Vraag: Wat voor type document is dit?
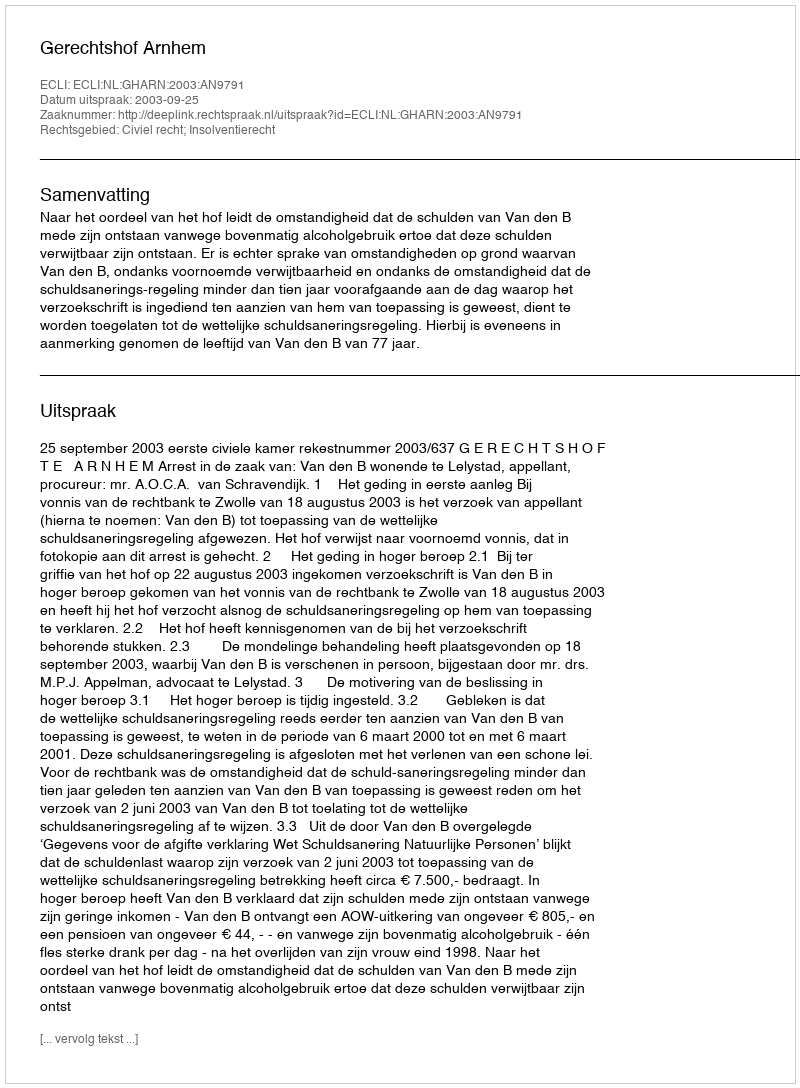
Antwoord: Uitspraak